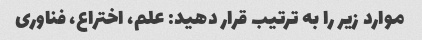
موارد زیر را به ترتیب قرار دهید: علم، اختراع، فناوری